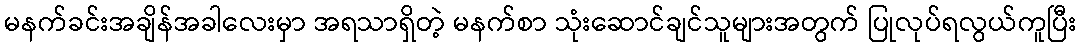
မနက်ခင်းအချိန်အခါလေးမှာ အရသာရှိတဲ့ မနက်စာ သုံးဆောင်ချင်သူများအတွက် ပြုလုပ်ရလွယ်ကူပြီး